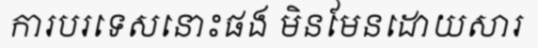
ការបរទេសនោះផង មិនមែនដោយសារ